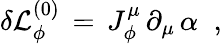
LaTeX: \delta{\cal L}_{\phi}^{(0)}\, =\, J_{\phi}^{\mu}\, \partial_{\mu}\, \alpha\; \; ,